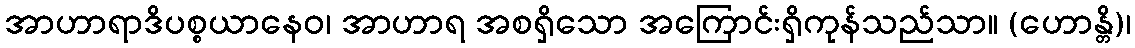
အာဟာရာဒိပစ္စယာနေဝ၊ အာဟာရ အစရှိသော အကြောင်းရှိကုန်သည်သာ။ (ဟောန္တိ)၊